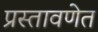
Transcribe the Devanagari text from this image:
प्रस्तावणेत